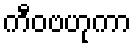
ကီဝဗဟုကာ